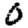
Digit: 0